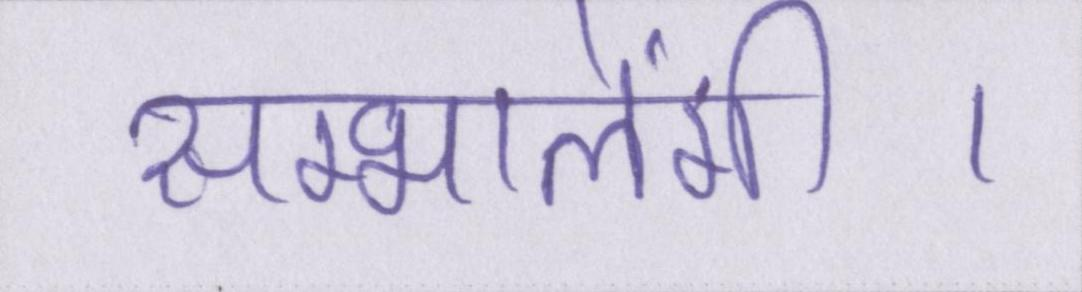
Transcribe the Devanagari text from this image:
सम्भालेंगी।